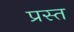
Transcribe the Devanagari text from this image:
प्रस्त